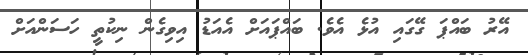
އޭރު ބައްޕަ ގޭގައި އުޅެ އެވެ. ބައްޕައަށް އެއަޑު އިވިގެން ނިކުތީ ހަސަންއަށް